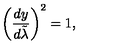
\left( { \frac { d y } { d \tilde { \lambda } } } \right) ^ { 2 } = 1 ,